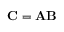
\mathbf { C } = \mathbf { A } \mathbf { B }